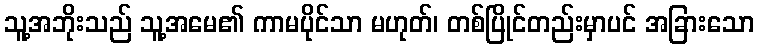
သူ့အဘိုးသည် သူ့အမေ၏ ကာမပိုင်သာ မဟုတ်၊ တစ်ပြိုင်တည်းမှာပင် အခြားသော